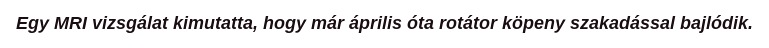
Egy MRI vizsgálat kimutatta, hogy már április óta rotátor köpeny szakadással bajlódik.